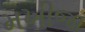
મખીજા